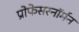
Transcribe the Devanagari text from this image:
प्रोफेसरनॉर्मन